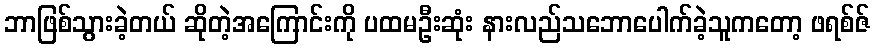
ဘာဖြစ်သွားခဲ့တယ် ဆိုတဲ့အကြောင်းကို ပထမဦးဆုံး နားလည်သဘောပေါက်ခဲ့သူကတော့ ဖရစ်ဇ်